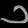
Digit: ၁